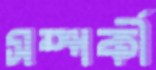
সম্পর্কী